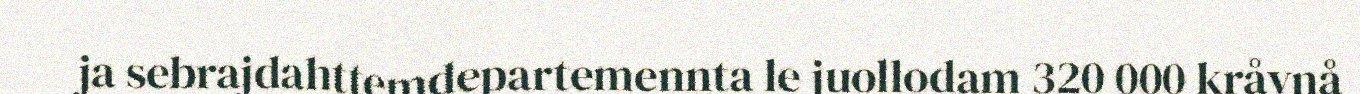
ja sebrajdahttemdepartemennta le juollodam 320 000 kråvnå